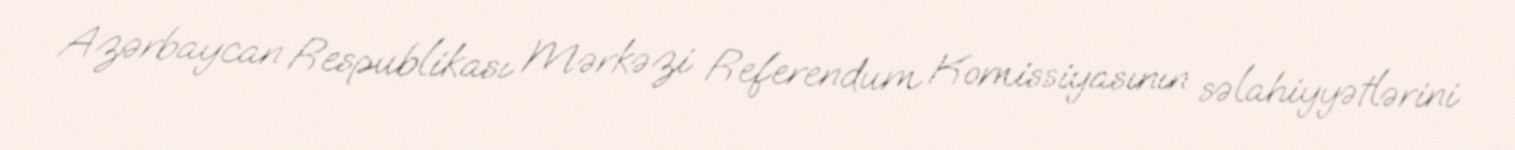
Azərbaycan Respublikası Mərkəzi Referendum Komissiyasının səlahiyyətlərini